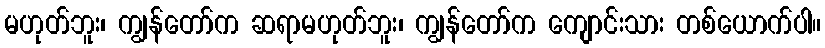
မဟုတ်ဘူး၊ ကျွန်တော်က ဆရာမဟုတ်ဘူး၊ ကျွန်တော်က ကျောင်းသား တစ်ယောက်ပါ။